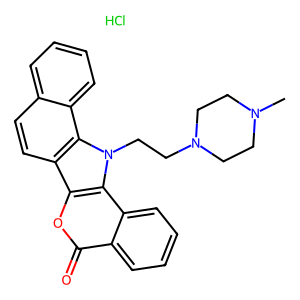
SMILES: CN1CCN(CCn2c3c4ccccc4ccc3c3oc(=O)c4ccccc4c32)CC1.Cl
Inhibits HIV replication: No